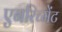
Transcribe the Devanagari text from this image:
एनरिच्मेंट